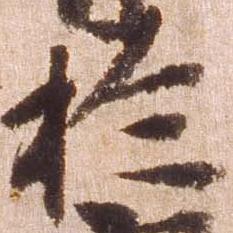
於